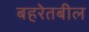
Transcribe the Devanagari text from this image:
बहरेतबील